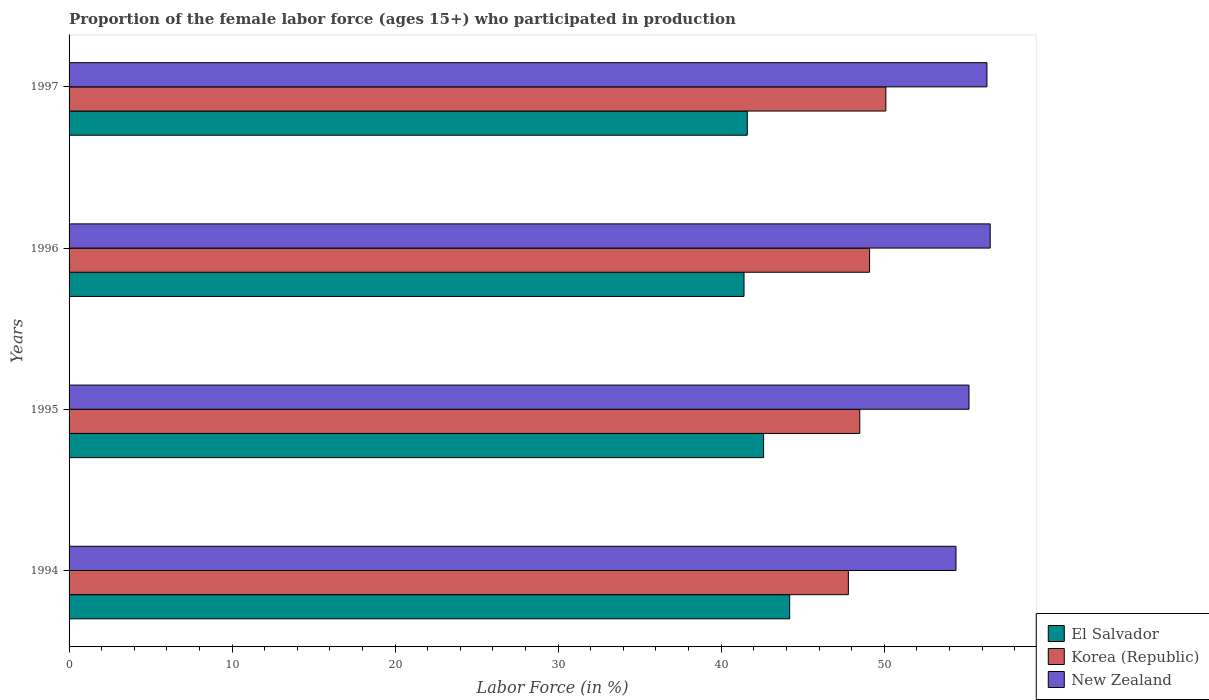
| Years | El Salvador | Korea (Republic) | New Zealand |
 | --- | --- | --- | --- |
 | 1994 | 44.2 | 47.8 | 54.4 |
 | 1995 | 42.6 | 48.5 | 55.2 |
 | 1996 | 41.4 | 49.1 | 56.5 |
 | 1997 | 41.6 | 50.1 | 56.3 |